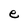
Character: e